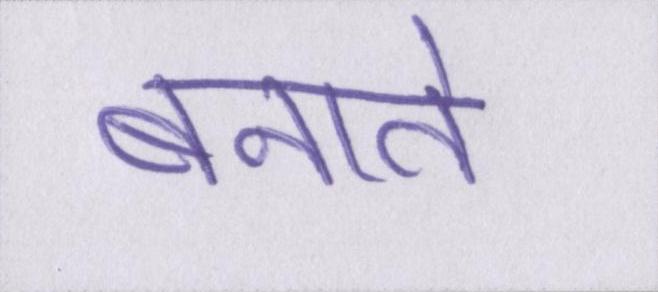
बनाते